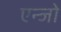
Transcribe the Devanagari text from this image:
एन्जो